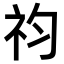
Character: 𥘩